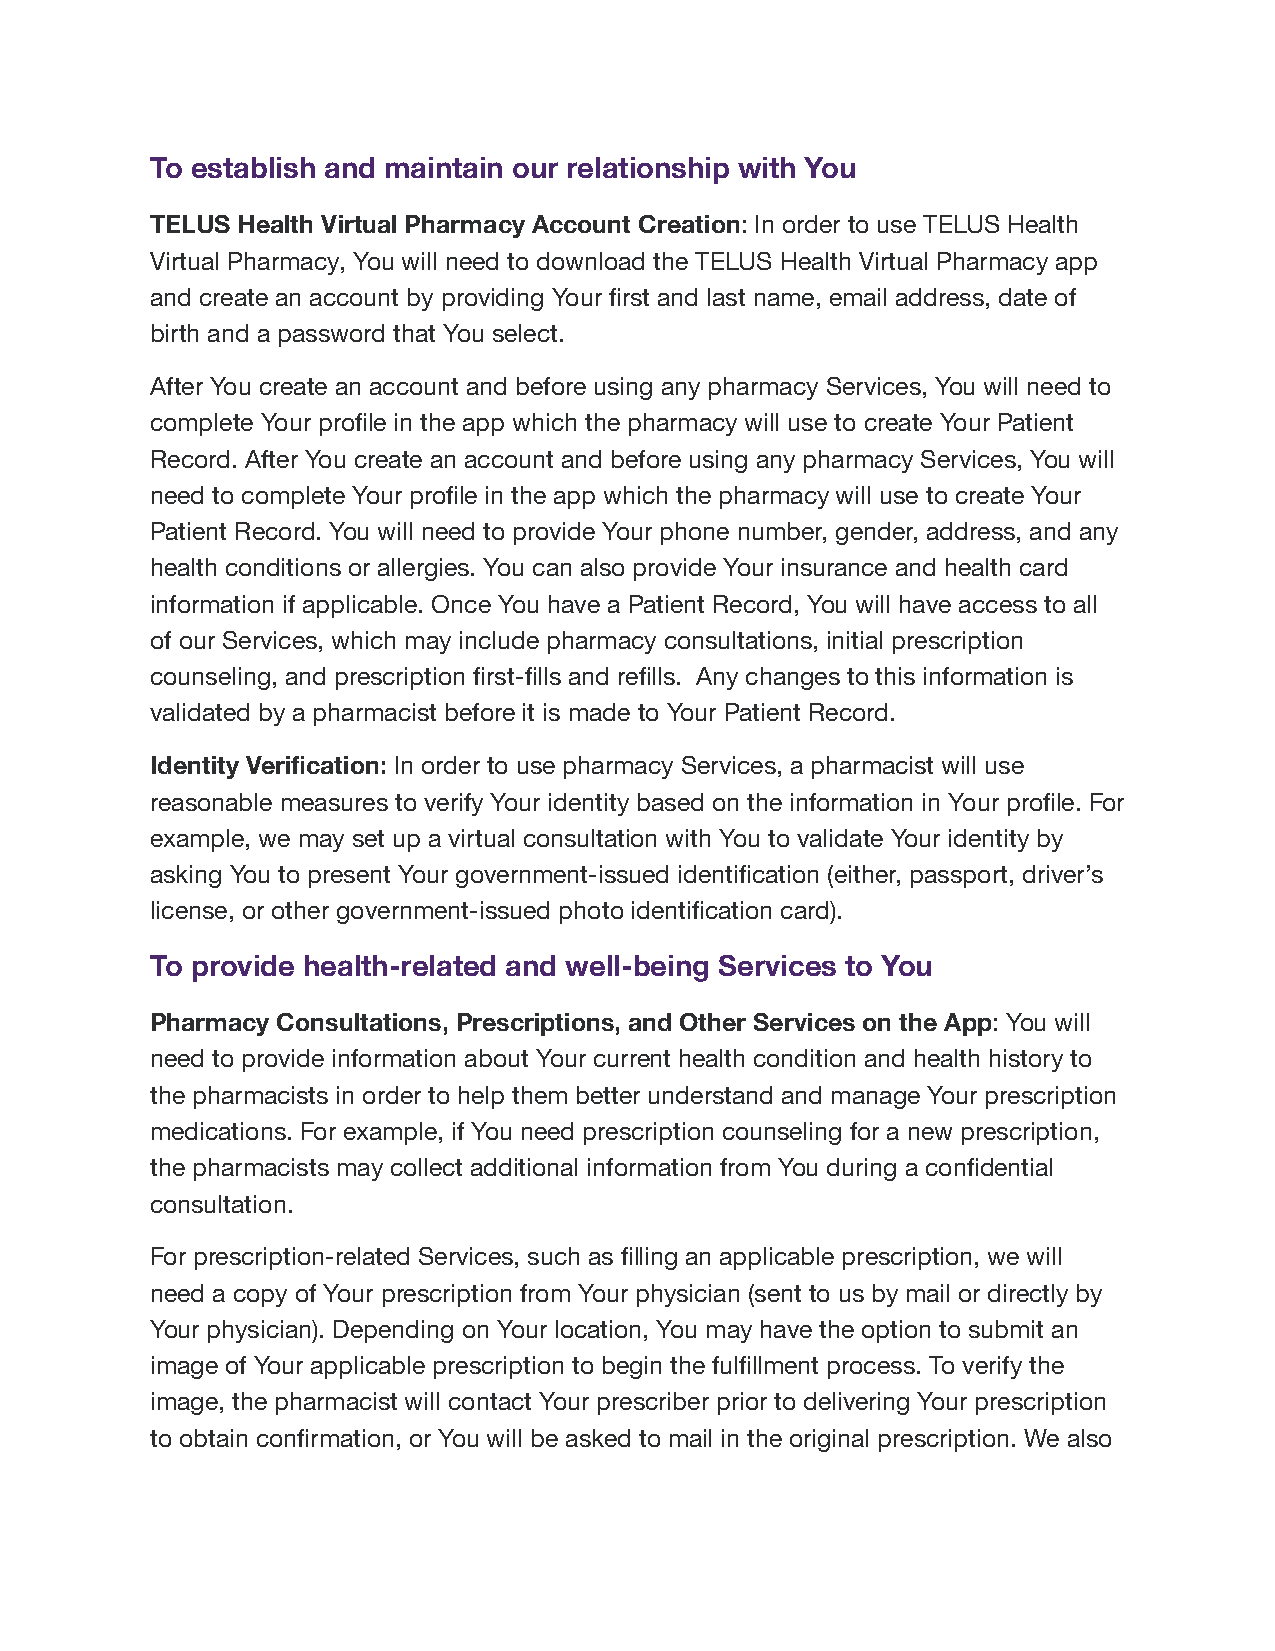
To establish and maintain our relationship with You
 TELUS Health Virtual Pharmacy Account Creation: In order to use TELUS Health
 Virtual Pharmacy, You will need to download the TELUS Health Virtual Pharmacy app
 and create an account by providing Your first and last name, email address, date of
 birth and a password that You select.
 After You create an account and before using any pharmacy Services, You will need to
 complete Your profile in the app which the pharmacy will use to create Your Patient
 Record. After You create an account and before using any pharmacy Services, You will
 need to complete Your profile in the app which the pharmacy will use to create Your
 Patient Record. You will need to provide Your phone number, gender, address, and any
 health conditions or allergies. You can also provide Your insurance and health card
 information if applicable. Once You have a Patient Record, You will have access to all
 of our Services, which may include pharmacy consultations, initial prescription
 counseling, and prescription first-fills and refills. Any changes to this information is
 validated by a pharmacist before it is made to Your Patient Record.
 Identity Verification: In order to use pharmacy Services, a pharmacist will use
 reasonable measures to verify Your identity based on the information in Your profile. For
 example, we may set up a virtual consultation with You to validate Your identity by
 asking You to present Your government-issued identification (either, passport, driver’s
 license, or other government-issued photo identification card).
 To provide health-related and well-being Services to You
 Pharmacy Consultations, Prescriptions, and Other Services on the App: You will
 need to provide information about Your current health condition and health history to
 the pharmacists in order to help them better understand and manage Your prescription
 medications. For example, if You need prescription counseling for a new prescription,
 the pharmacists may collect additional information from You during a confidential
 consultation.
 For prescription-related Services, such as filling an applicable prescription, we will
 need a copy of Your prescription from Your physician (sent to us by mail or directly by
 Your physician). Depending on Your location, You may have the option to submit an
 image of Your applicable prescription to begin the fulfillment process. To verify the
 image, the pharmacist will contact Your prescriber prior to delivering Your prescription
 to obtain confirmation, or You will be asked to mail in the original prescription. We also